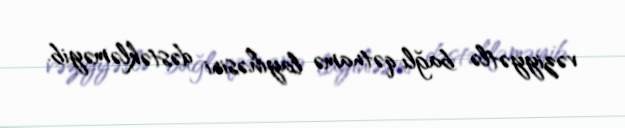
vəziyyətlə bağlı qətnamə layihəsini dəstəkləməyib.